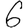
Digit: 6